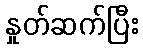
နှုတ်ဆက်ပြီး